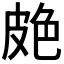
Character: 𦫗